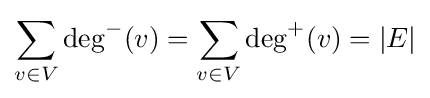
\sum _{v\in V}\deg ^{-}(v)=\sum _{v\in V}\deg ^{+}(v)=|E|